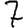
Digit: 7